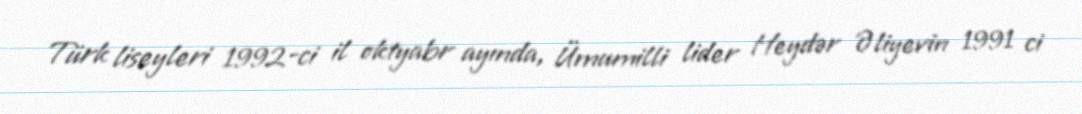
Türk liseyleri 1992-ci il oktyabr ayında, Ümumilli lider Heydər Əliyevin 1991 ci